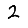
Digit: 2